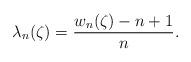
LaTeX: \begin{align*}\lambda_{n}(\zeta)=\frac{w_{n}(\zeta)-n+1}{n}.\end{align*}